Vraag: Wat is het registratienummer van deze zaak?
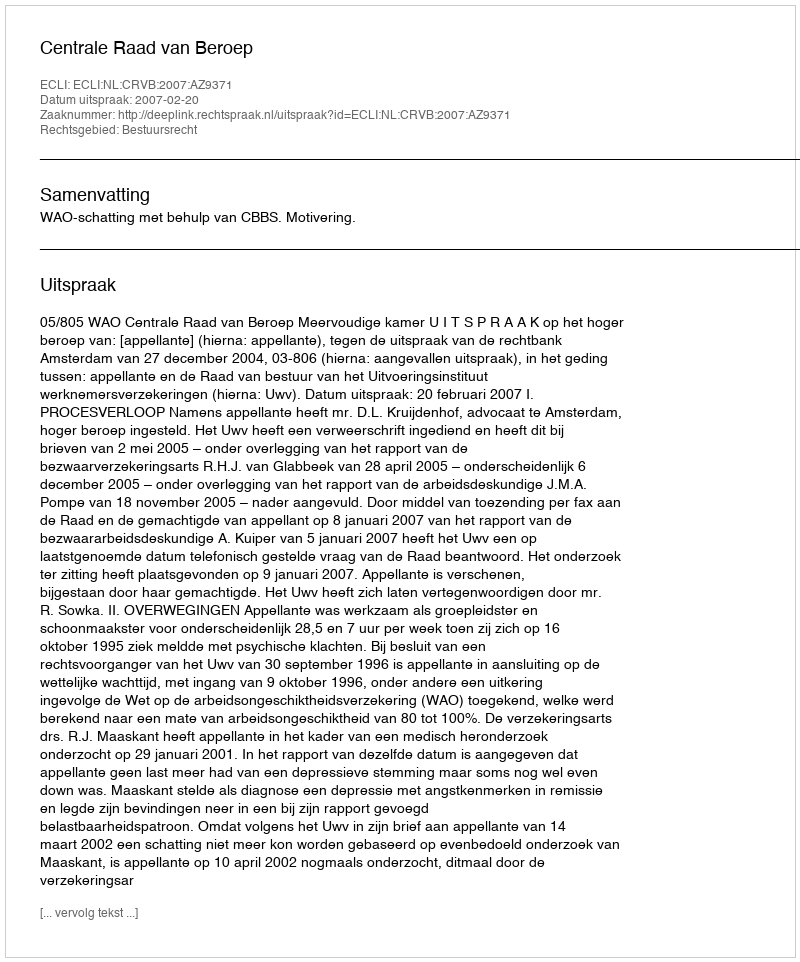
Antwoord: http://deeplink.rechtspraak.nl/uitspraak?id=ECLI:NL:CRVB:2007:AZ9371